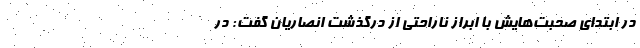
در ابتدای صحبت‌هایش با ابراز ناراحتی از درگذشت انصاریان گفت:‌ در